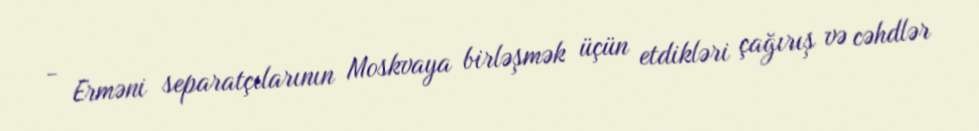
- Erməni separatçılarının Moskvaya birləşmək üçün etdikləri çağırış və cəhdlər